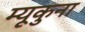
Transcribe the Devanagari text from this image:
म्यूकुना